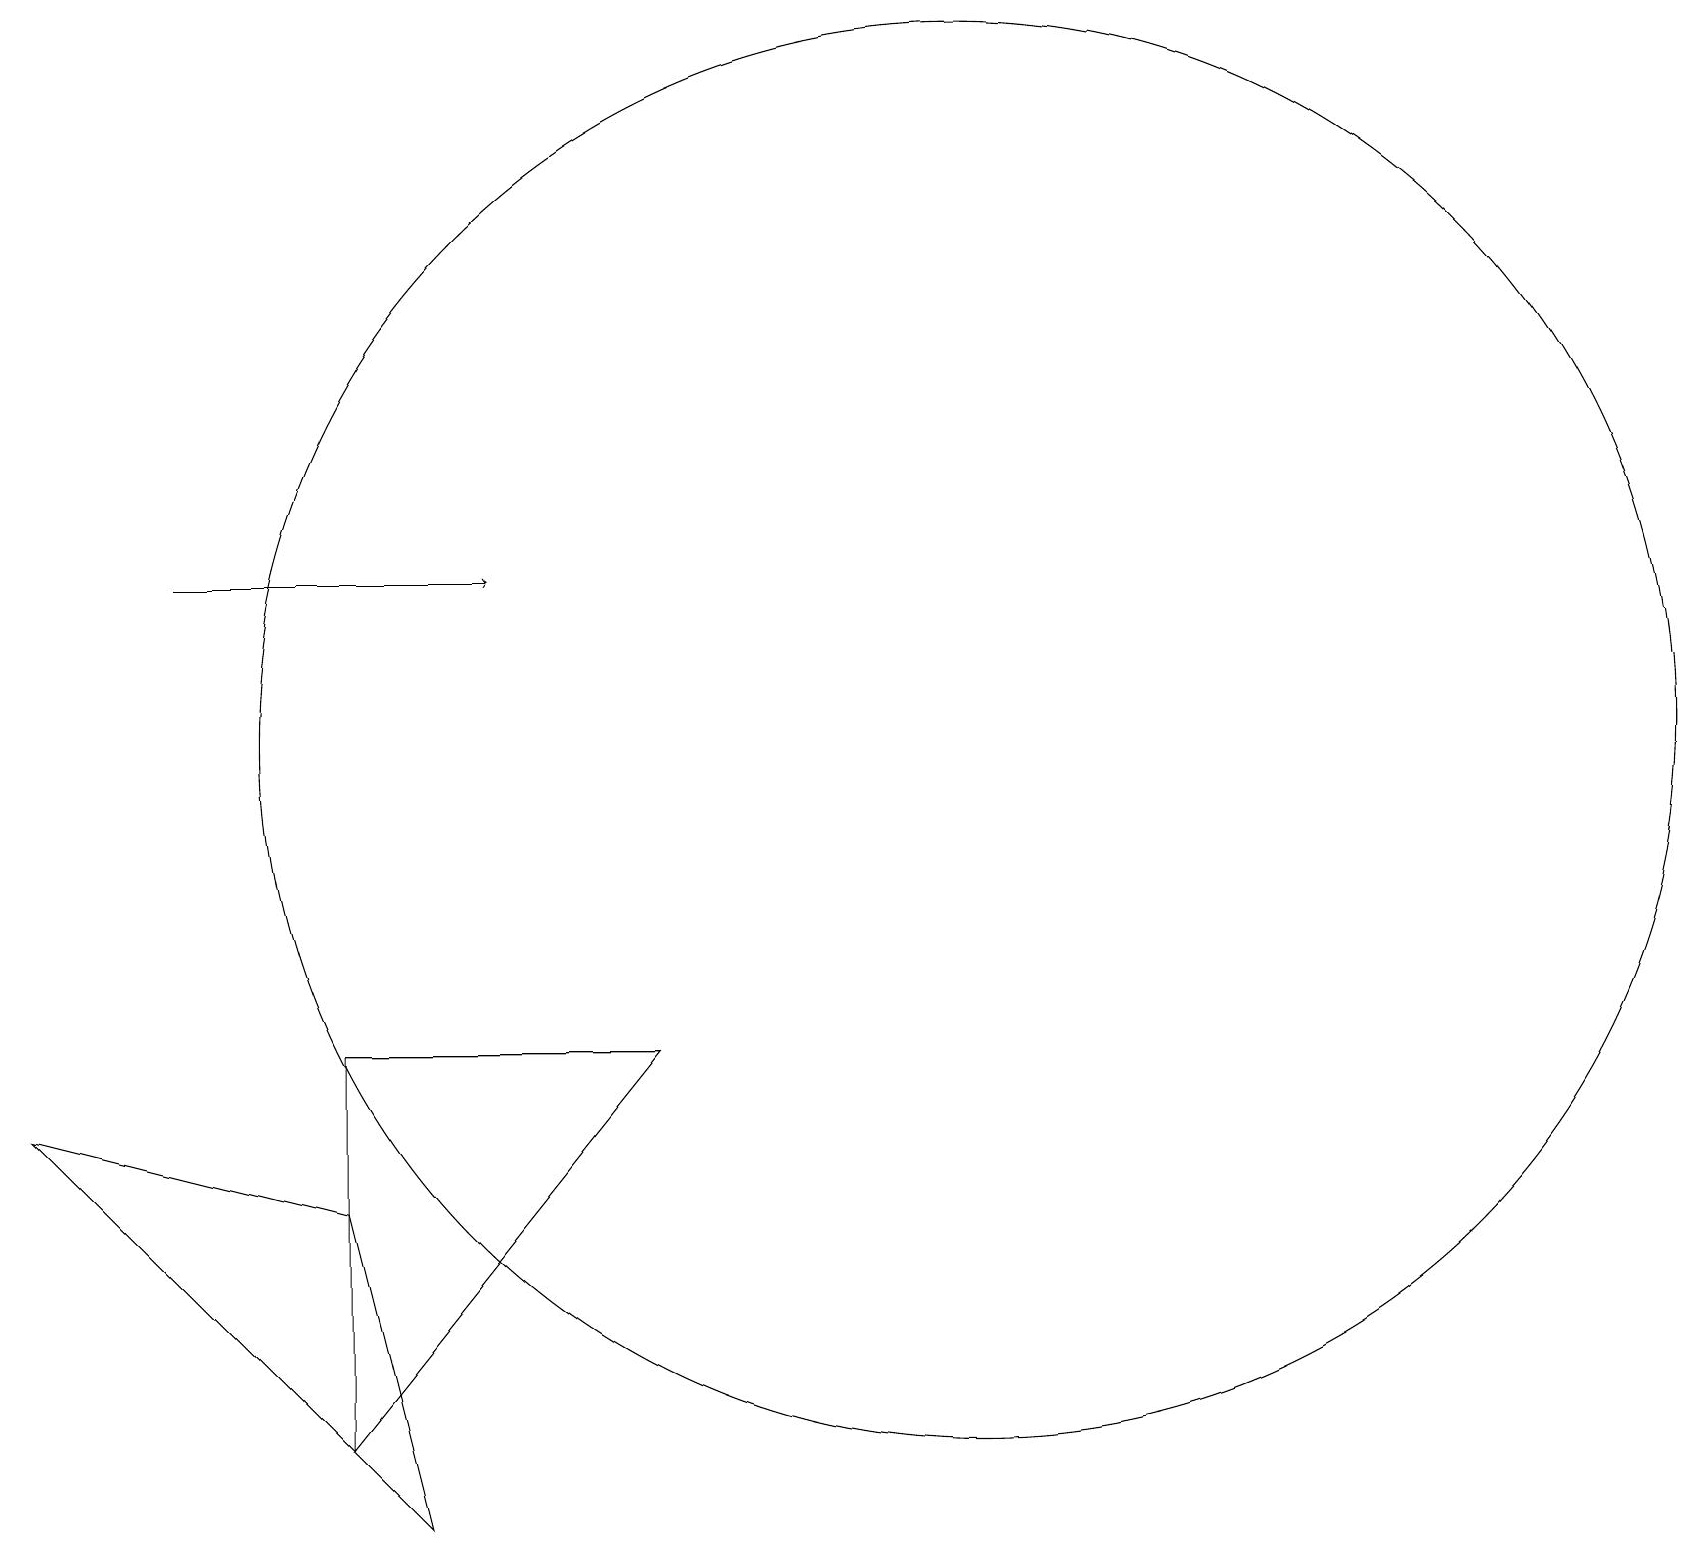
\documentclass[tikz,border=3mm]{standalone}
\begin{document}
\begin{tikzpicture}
\draw (4,2) -- (8,7) -- (4,7) -- cycle;
\draw (12,11) circle (9);
\draw[->] (2,13) -- (6,13);
\draw (4,5) -- (5,1) -- (0,6) -- cycle;
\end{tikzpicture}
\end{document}